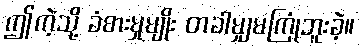
ဤကဲ့သို့ ခံစားမှုမျိုး တခါမျှမကြုံဘူးခဲ့။